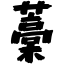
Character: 藁